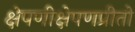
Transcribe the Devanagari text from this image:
क्षेपणीक्षेपणप्रीतो